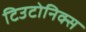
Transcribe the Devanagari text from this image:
टिउटोनिक्स